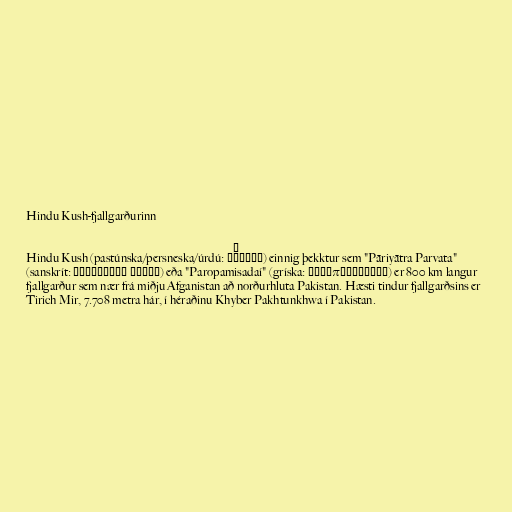
Hindu Kush-fjallgarðurinn

Hindu Kush (pastúnska/persneska/úrdú: ھندوکُش) einnig þekktur sem "Pāriyātra Parvata"
(sanskrít: पारियात्र पर्वत) eða "Paropamisadaí" (gríska: Παροπαμισάδαι) er 800 km langur
fjallgarður sem nær frá miðju Afganistan að norðurhluta Pakistan. Hæsti tindur fjallgarðsins er
Tirich Mir, 7.708 metra hár, í héraðinu Khyber Pakhtunkhwa í Pakistan.